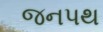
જનપથ